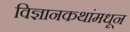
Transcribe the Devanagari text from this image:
विज्ञानकथांमधून